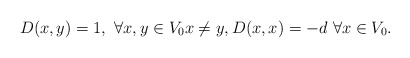
\begin{align*} D(x,y)=1,\ \forall x,y \in V_0 x\neq y, D(x,x)=-d\ \forall x \in V_0.\end{align*}